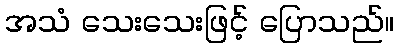
အသံ သေးသေးဖြင့် ပြောသည်။